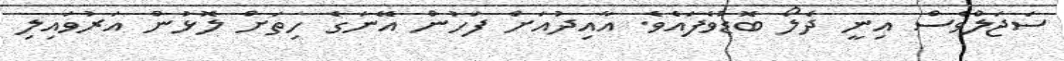
ސަޖަލްވެސް އިނީ ދެލޯ ބޮޑުވެފައެވެ. އާއިދުއަށް ފަހުން އޭނަގެ ހިތަށް ލޮޅުން އަރުވައިލި